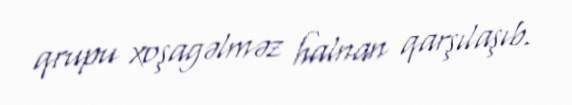
qrupu xoşagəlməz halnan qarşılaşıb.